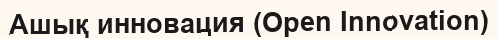
Ашық инновация (Open Innovation)